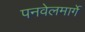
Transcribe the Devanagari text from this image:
पनवेलमार्गे